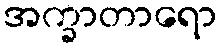
အက္ခာတာရော